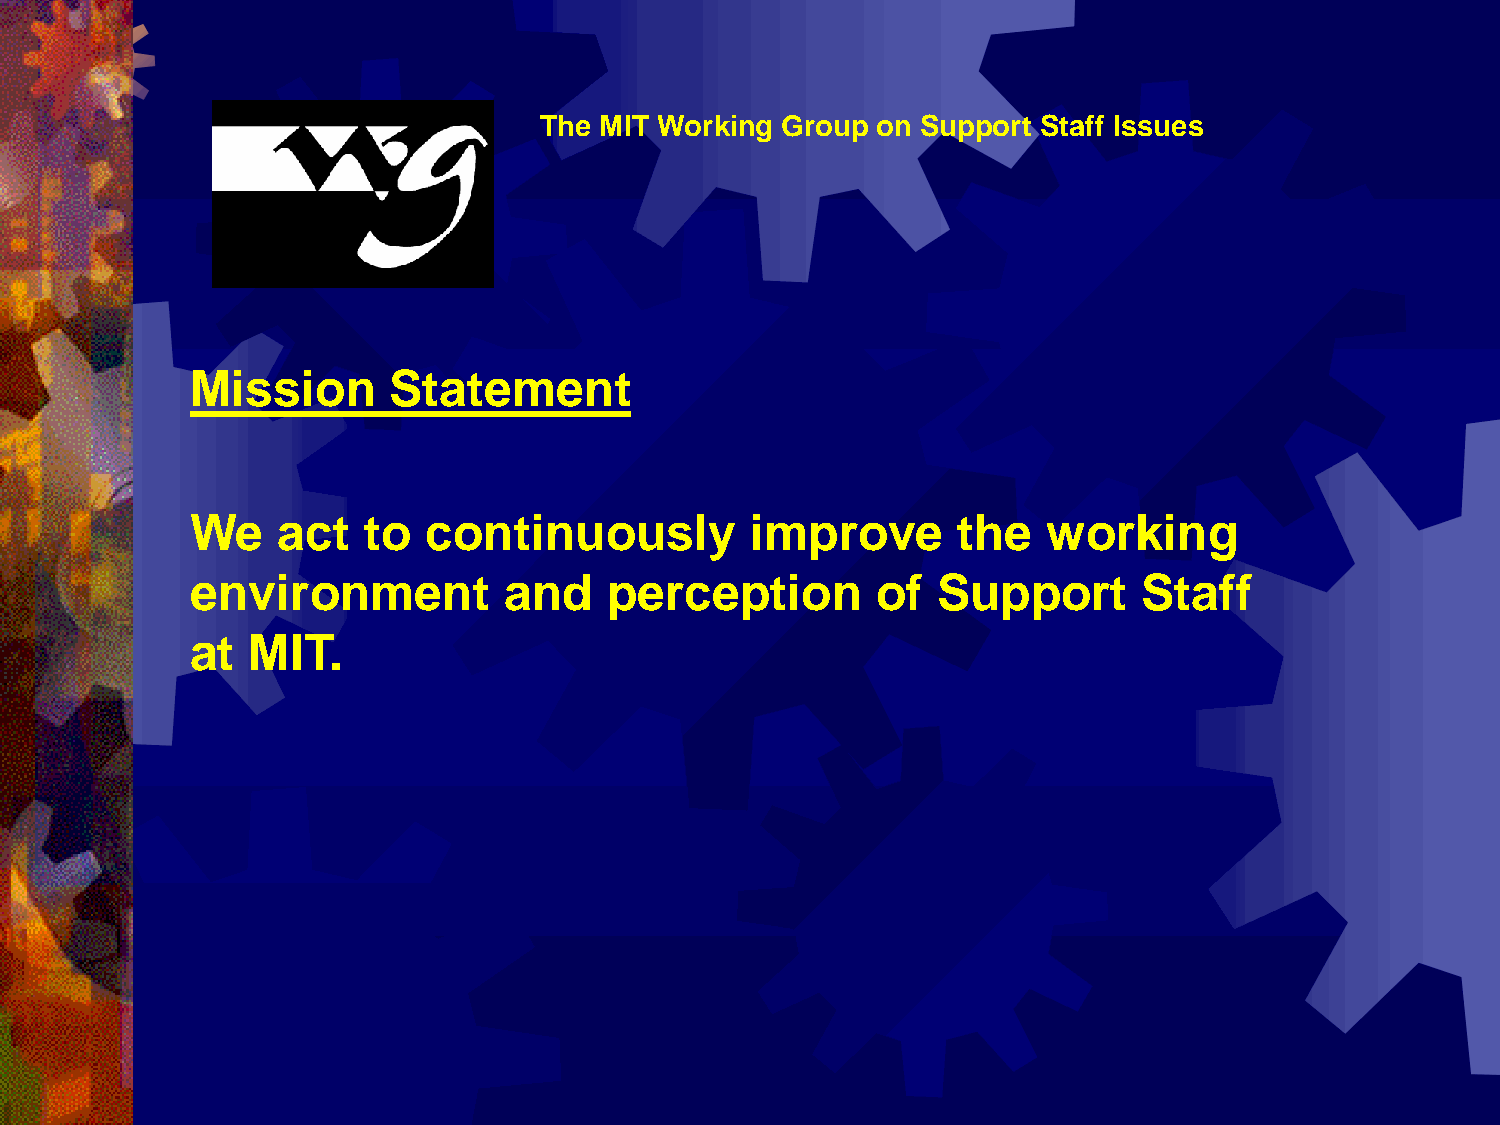
The MIT Working Group on Support Staff Issues
 Mission      Statement
 We   act   to  continuously          improve      the   working
 environment         and    perception        of  Support       Staff
 at MIT.